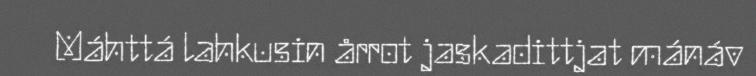
Máhttá lahkusin årrot jaskadittjat mánáv